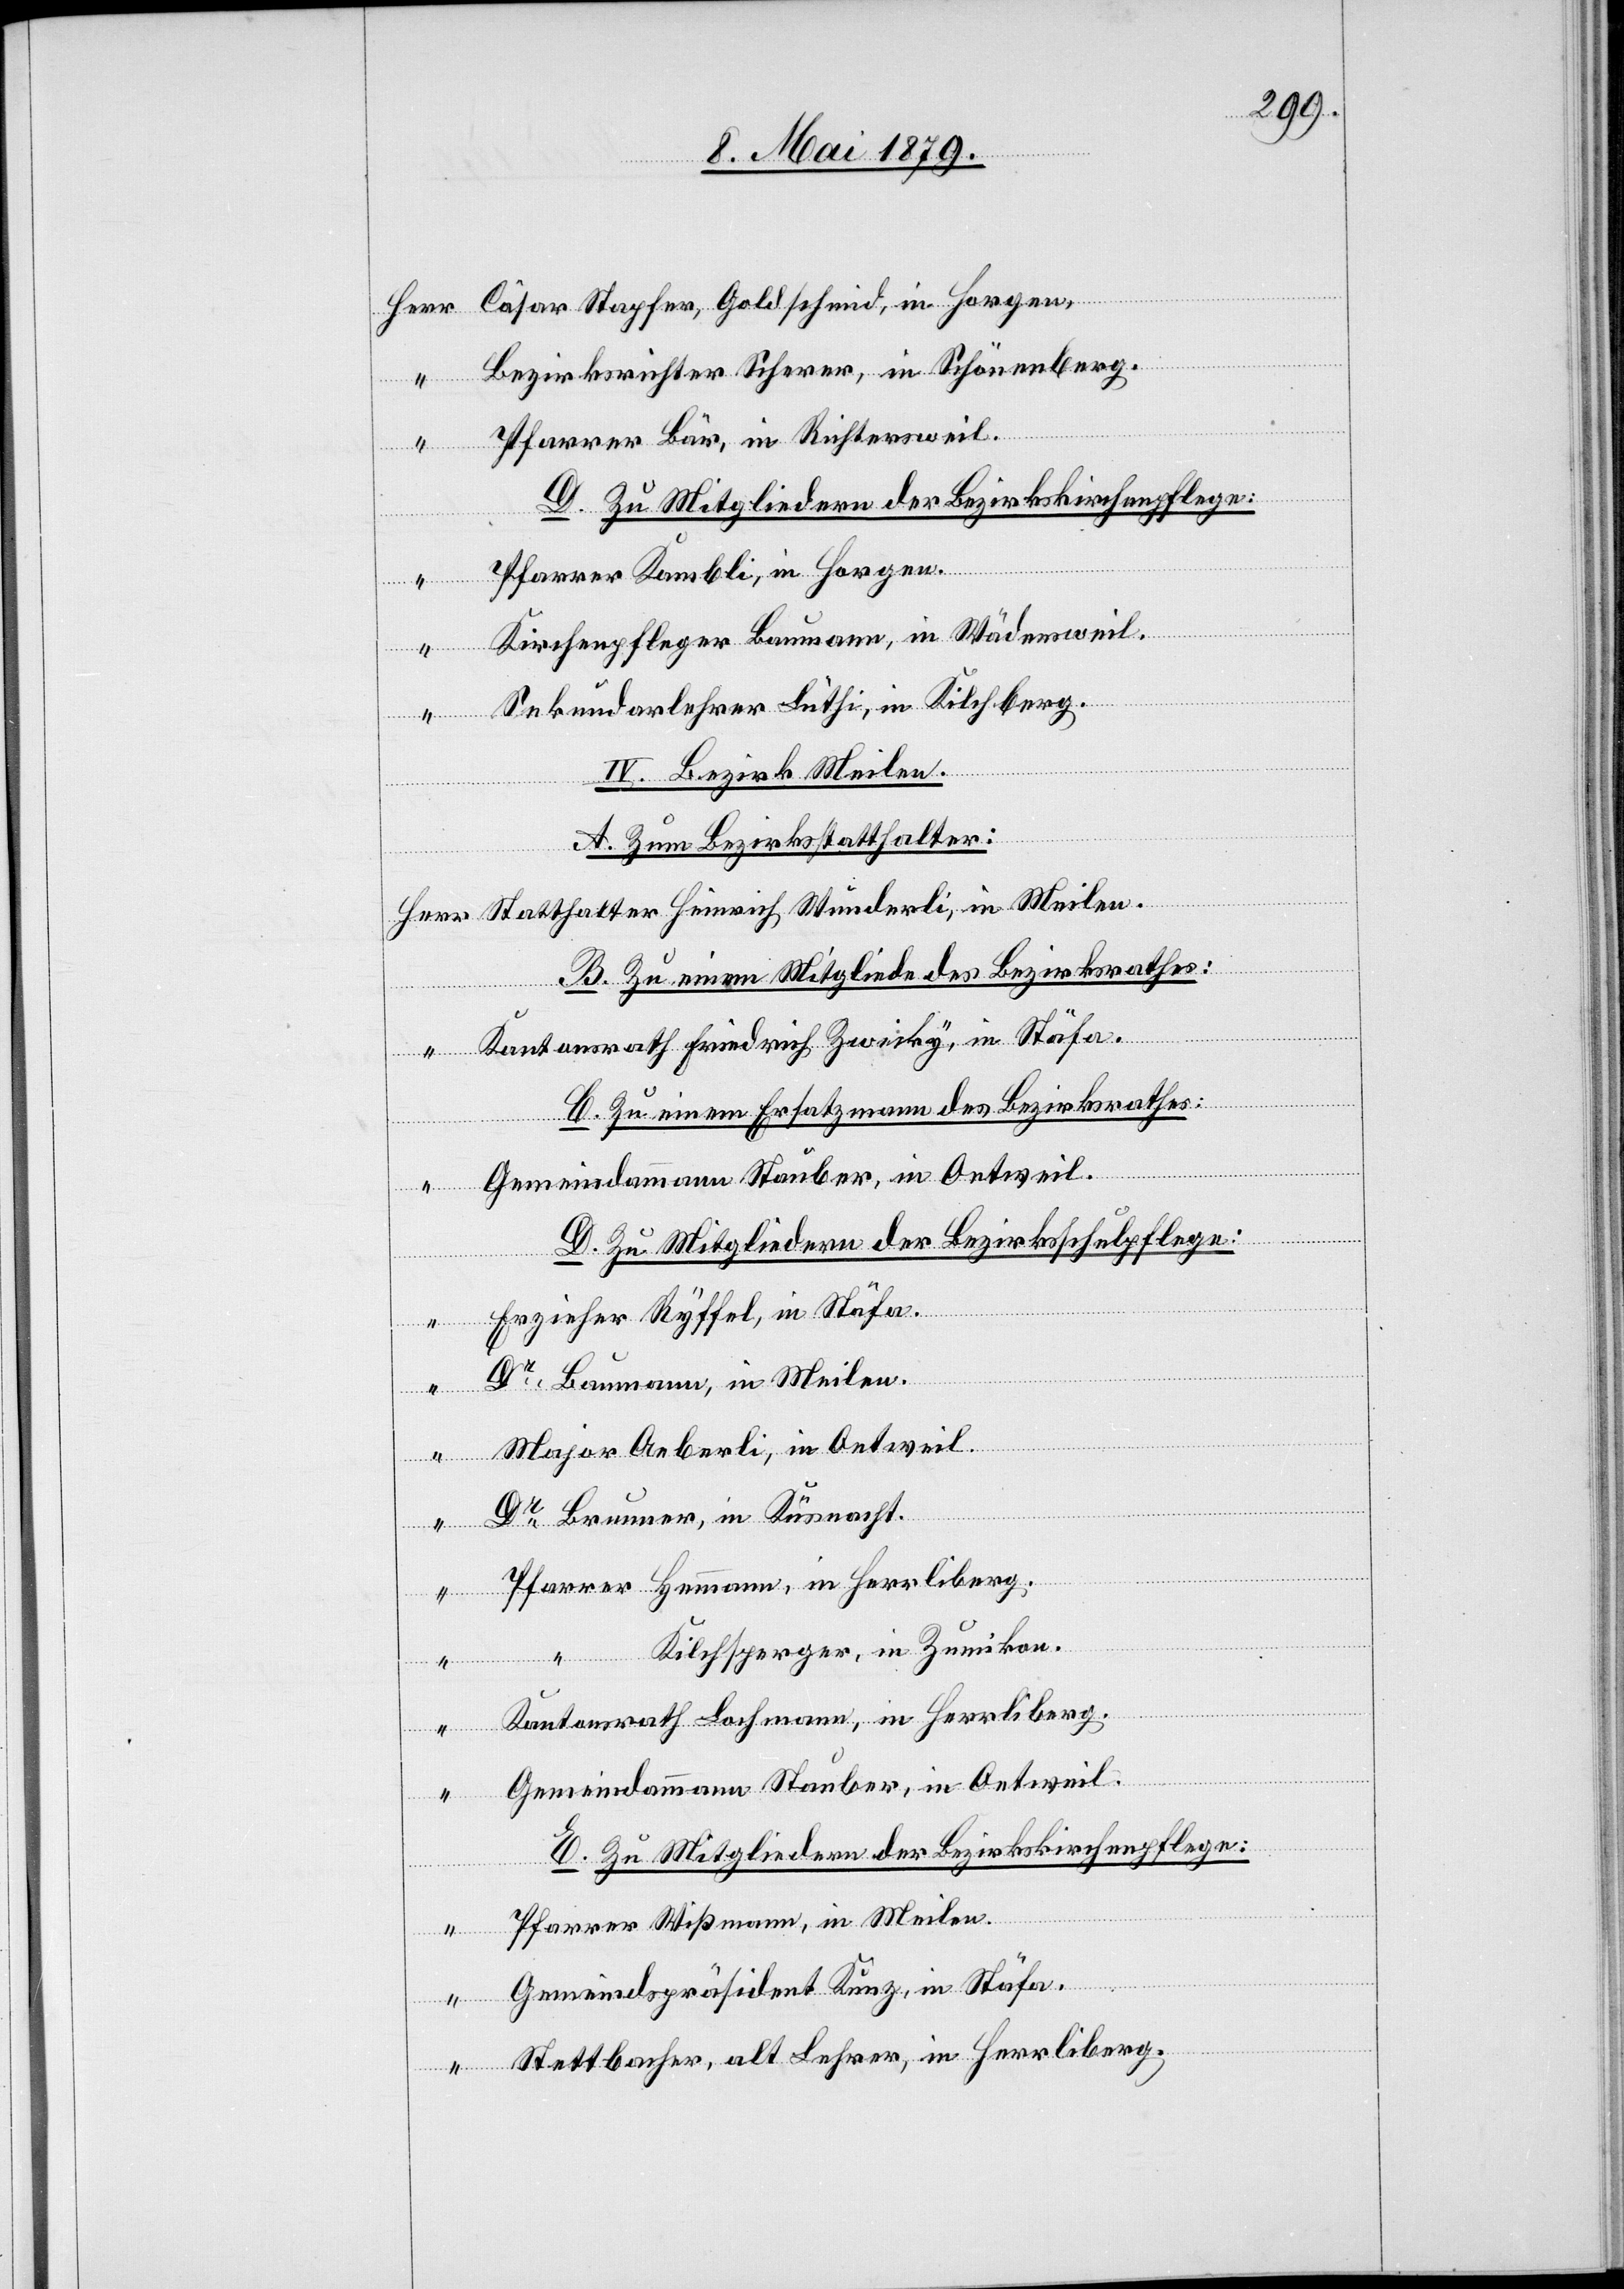
Bezirksrichter Scherer, in Schönenberg.
rich
Pfarrer Bär, in Richtersweil.
D. Zu Mitgliedern der Bezirkskirchenpflege:
Pfarrer Kambli, in Horgen.
Kirchenpfleger Baumann, in Wädensweil.
Sekundarlehrer Lüthi, in Kilchberg.
IV. Bezirk Meilen.
A. Zum Bezirksstatthalter:
“
B. Zu einem Mitgliede des Bezirksrathes:
Kantonsrath Friedrich Zwicky, in Stäfa.
C. Zu einem Ersatzmann des Bezirksrathes:
D. Zu Mitgliedern der Bezirksschulpflege:
Erzieher Ryffel, in Stäfa.
Dr Baumann, in Meilen.
“
Major Aeberli, in Oetweil.
Dr Brunner, in Küsnacht.
Pfarrer Hemmann, in Herrliberg.
Kilchsperger, in Zumikon.
Meilen.
in
Kantonsrath Lochmann, in Herrliberg.
derli,
Gemeindammann Stauber, in Oetweil.
E. Zu Mitgliedern der Bezirkskirchenpflege:
Pfarrer Wißmann, in Meilen.
Wun¬
Gemeindspräsident Kunz, in Stäfa.
Stettbacher, alt Lehrer, in Herrliberg.